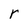
Character: r